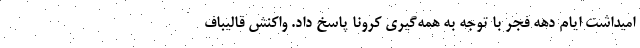
امیداشت ایام دهه فجر با توجه به همه‌گیری کرونا پاسخ داد. واکنش قالیباف